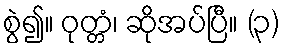
စွဲ၍။ ဝုတ္တံ၊ ဆိုအပ်ပြီ။ (၃)